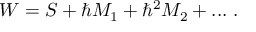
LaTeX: W = S + \hbar M _ { 1 } + \hbar ^ { 2 } M _ { 2 } + . . . \ .